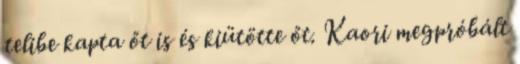
telibe kapta őt is és kiütötte őt. Kaori megpróbált